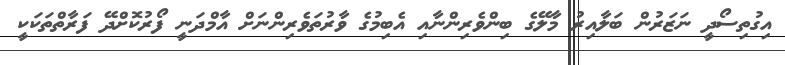
އިގުތިސޯދީ ނަޒަރުން ބަލާއިރު މާލޭގެ ބިންވެރިންނާއި އެބިމުގެ ވާރުތަވެރިންނަށް އާމްދަނީ ފޯރުކޮށްދޭ ފަރާތްތަކަކީ